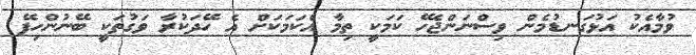
ވުމާއެކު އަޅުގަނޑުމެން ވިސްނަންޖެހޭ ކަމަކީ ތިމާ އެކަމަކަށް އެ ހޭދަކުރާ ވަގުތަކީ ބޭނުންހިފޭ